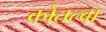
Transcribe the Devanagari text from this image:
कोतल्बा